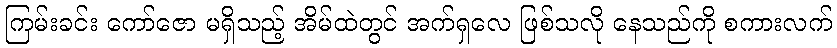
ကြမ်းခင်း ကော်ဇော မရှိသည့် အိမ်ထဲတွင် အက်ရှလေ ဖြစ်သလို နေသည်ကို စကားလက်